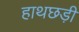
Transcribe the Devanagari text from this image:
हाथछड़ी